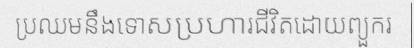
ប្រឈមនឹងទោសប្រហារជីវិតដោយព្យួករ